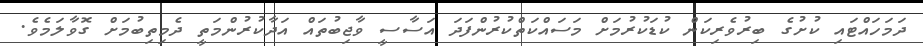
ދަމަހައްޓައި ކުށުގެ ބިރުވެރިކަން ކުޑަކުރުމަށް މަސައްކަތްކުރުންފަދަ އަސާސީ ވާޖިބުތައް އަދާކުރުންމަތީ ދެމިތިބުމަށް ގޮވާލަމެވެ.